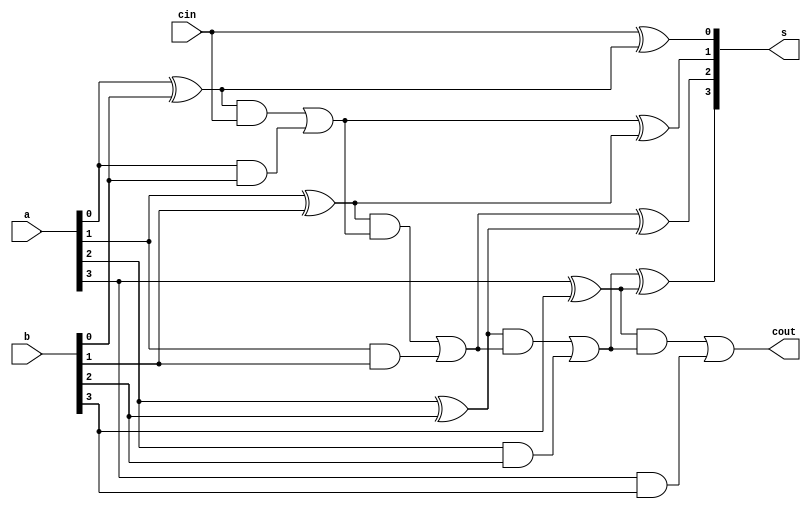
module adder_4_cla(
    input           cin,
    input   [3:0]   a,
    input   [3:0]   b,
    
    output  [3:0]   s,
    output          cout
    );
    
    wire    [3:0]   p;
    wire    [3:0]   g;
    wire    [3:0]   c;
    
    genvar i;
    
    generate
        for (i = 0; i < 4; i = i + 1) begin
            assign p[i] = a[i] ^ b[i];
            assign g[i] = a[i] & b[i];
            assign s[i] = c[i] ^ p[i];
        end
    endgenerate
    
    assign c[0] = cin;
    assign c[1] = p[0]&c[0]|g[0];
    assign c[2] = p[1]&(p[0]&c[0]|g[0])|g[1];
    assign c[3] = p[2]&(p[1]&(p[0]&c[0]|g[0])|g[1])|g[2];
    assign cout = p[3]&(p[2]&(p[1]&(p[0]&c[0]|g[0])|g[1])|g[2])|g[3];
    
    
    
endmodule